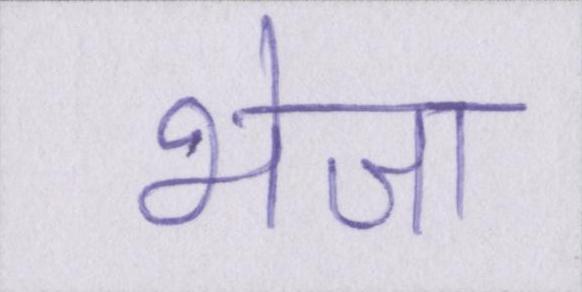
भेजा